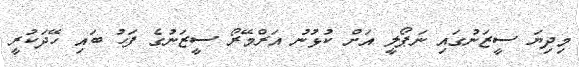
މިދިޔަ ސީޒަނުގައި ނަޕޯލީ އަށް ކުޅުނު އަރްމޭރޯ ސީޒަނުގެ ފަހު ބައި ހޭދަކުރީ